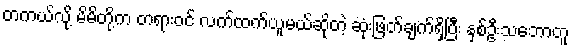
တကယ်လို့ မိမိတို့က တရားဝင် လက်ထက်ယူမယ်ဆိုတဲ့ ဆုံးဖြတ်ချက်ရှိပြီး နှစ်ဦးသဘောတူ